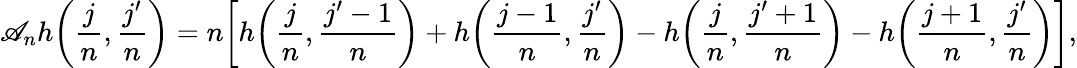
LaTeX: \mathscr{A}_{n}h\bigg(\frac{j}{n},\frac{j^{\prime}}{n}\bigg)=n\bigg[h\bigg(\frac{j}{n},\frac{j^{\prime}-1}{n}\bigg)+h\bigg(\frac{j-1}{n},\frac{j^{\prime}}{n}\bigg)-h\bigg(\frac{j}{n},\frac{j^{\prime}+1}{n}\bigg)-h\bigg(\frac{j+1}{n},\frac{j^{\prime}}{n}\bigg)\bigg],